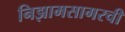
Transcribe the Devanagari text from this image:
निझामसागरची